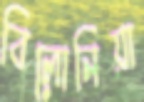
বিলোনিয়া